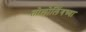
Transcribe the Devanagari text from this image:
तोलोलिंगच्या